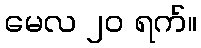
မေလ ၂၀ ရက်။